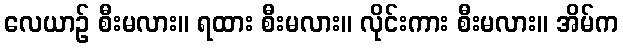
လေယာဉ် စီးမလား။ ရထား စီးမလား။ လိုင်းကား စီးမလား။ အိမ်က